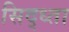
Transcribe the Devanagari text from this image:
सिद्ध्ता